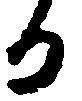
る